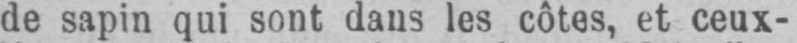
de sapin qui sont dans les côtes, et ceux-